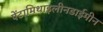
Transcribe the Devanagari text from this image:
पेंटामिथाइलीनडाईमीन